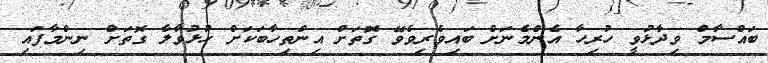
ބައްސާމް ވިދާޅުވީ ހުރިހާ އެންމެނަށް ބައިވެރިވެވޭ ގޮތަށް އިންތިހާބަކަށް ހުޅުވާލާ ގޮތަށް ނިންމާފައި